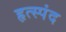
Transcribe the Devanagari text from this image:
हृत्स्पंद